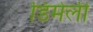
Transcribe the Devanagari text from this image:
डिमेली